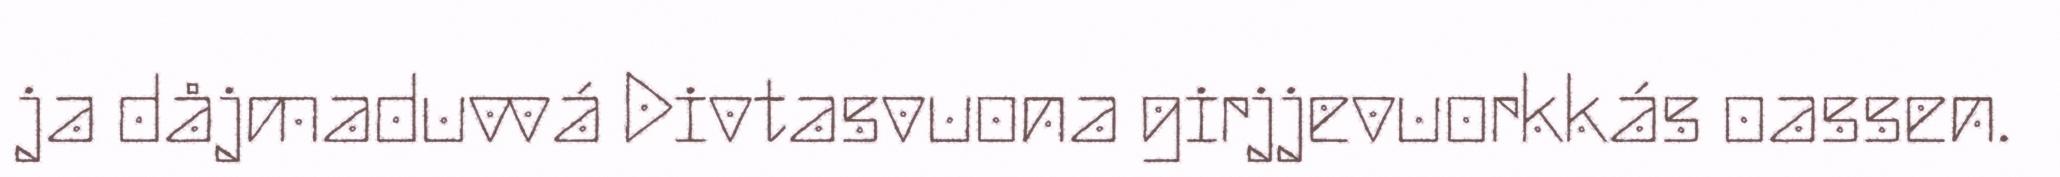
ja dåjmaduvvá Divtasvuona girjjevuorkkás oassen.